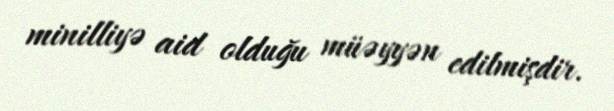
minilliyə aid olduğu müəyyən edilmişdir.